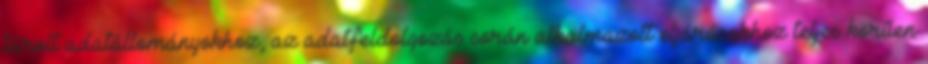
tárolt adatállományokhoz, az adatfeldolgozás során alkalmazott eljárásokhoz teljes körűen